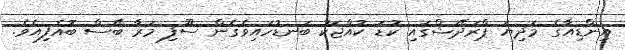
އިންޑިއާގެ މަދިޔަ ޕްރަދޭޝްގައި ކުޑަ ކުއްޖަކު ބަނޑުހައިވެގެން ސޫފި މަރާ ބޭސް ބޮއެފިއެވެ.